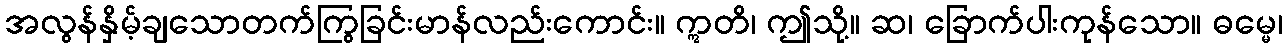
အလွန်နှိမ့်ချသောတက်ကြွခြင်းမာန်လည်းကောင်း။ ဣတိ၊ ဤသို့။ ဆ၊ ခြောက်ပါးကုန်သော။ ဓမ္မေ၊